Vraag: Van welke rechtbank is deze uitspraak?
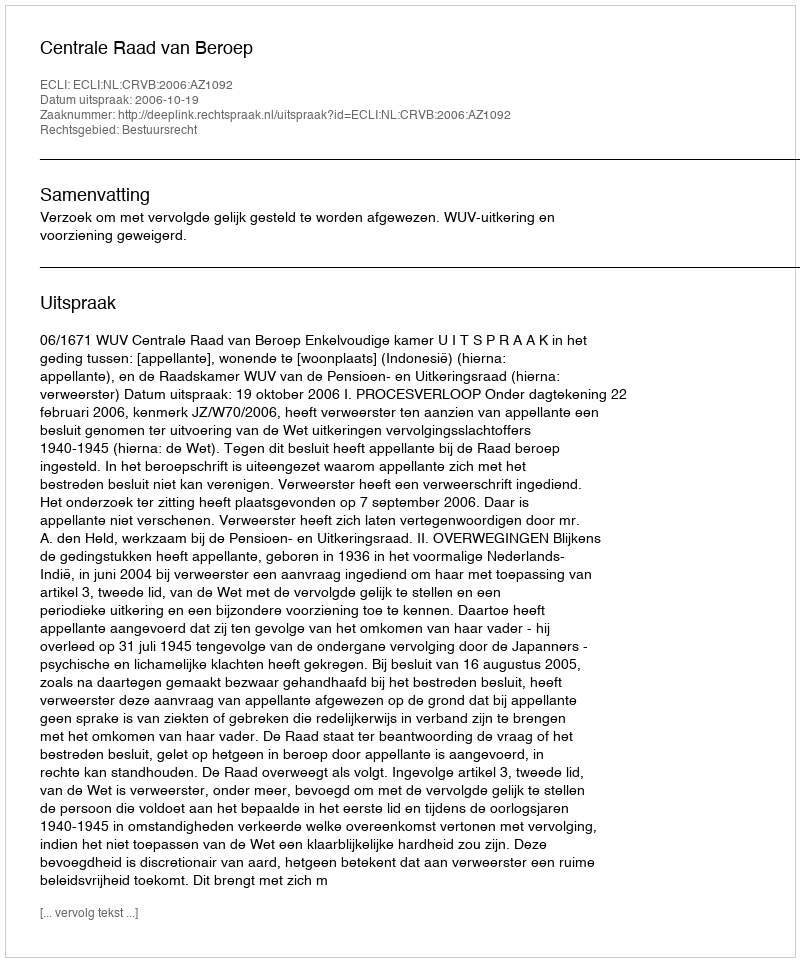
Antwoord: Centrale Raad van Beroep